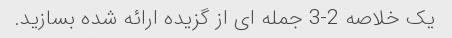
یک خلاصه 2-3 جمله ای از گزیده ارائه شده بسازید.